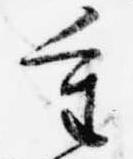
重